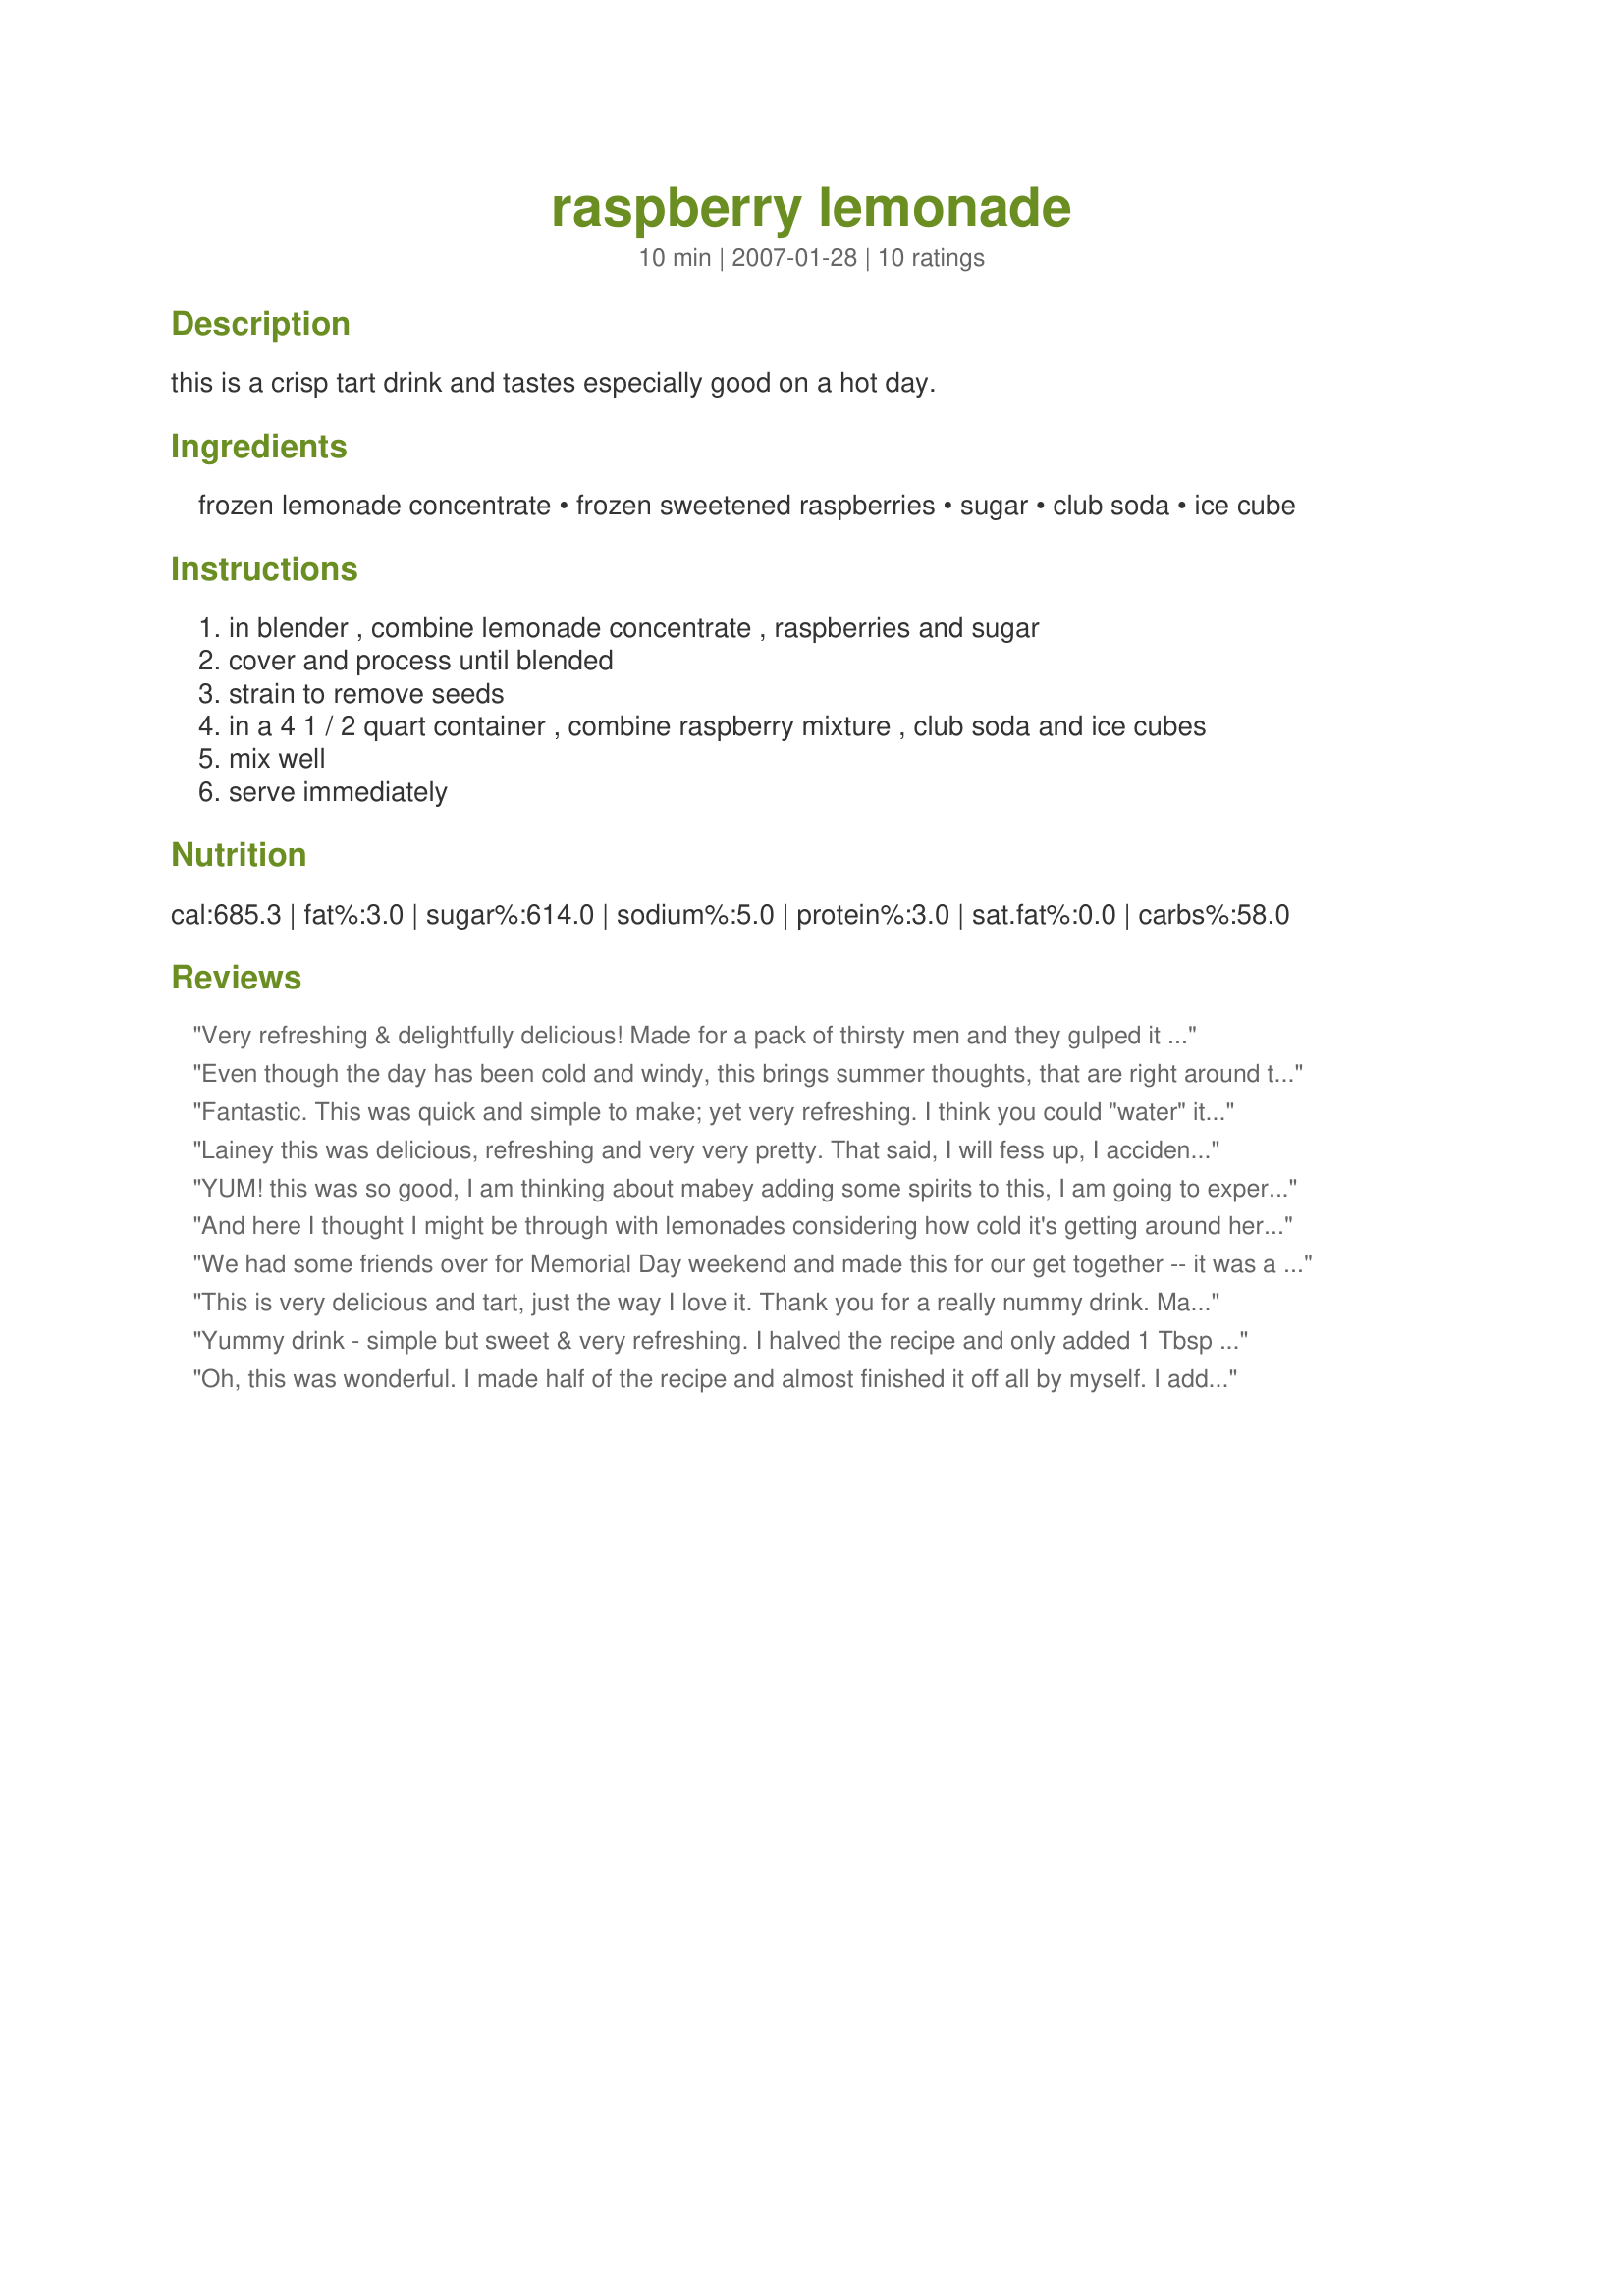
raspberry lemonade
Preparation time: 10 minutes

this is a crisp tart drink and tastes especially good on a hot day.

Ingredients:
frozen lemonade concentrate, frozen sweetened raspberries, sugar, club soda, ice cube

Steps:
in blender , combine lemonade concentrate , raspberries and sugar
cover and process until blended
strain to remove seeds
in a 4 1 / 2 quart container , combine raspberry mixture , club soda and ice cubes
mix well
serve immediately

Reviews:
Very refreshing & delightfully delicious! Made for a pack of thirsty men and they gulped it down before I even knew what happened. Later we also served with some alcohol and everyone enjoyed it!! Thanks so much for a yummy beverage!!
Even though the day has been cold and windy, this brings summer thoughts, that are right around the corner. The beauty and taste of this drink is spectacular! The colors beg you to take a sip or two. I didn't add ice, because it was just wonderful on it's own. Added a couple of blueberries for garnish. Needn't change anything!
Thanks, Lainey!
Fantastic. This was quick and simple to make; yet very refreshing. I think you could "water" it down even further with a bit more club soda and it would still be good! I used pink lemonade because it was all I had on hand. Would be a great adult drink if Citrus Vodka were added. Yum!
Lainey this was delicious, refreshing and very very pretty. That said, I will fess up, I accidently used frozen grapefruit concentrate instead of the lemonade. I also used fresh raspberries from my garden, this resulted in a really tart drink, I did sweeten it with the 5 tbps of sugar. It worked beautifully. Thanks so much for sharing this versatile drink. I will make again, soon with the lemonade concentrate.
YUM! this was so good, I am thinking about mabey adding some spirits to this, I am going to experiment to see what works the best, thanks for sharing hon!...Kitten:)
And here I thought I might be through with lemonades considering how cold it's getting around here (I know, 50-60 degrees ABOVE isn't all that cold for some, but for me, it is!) ~ No way, after spotting what turned out to be A GREAT TASTING DRINK, whatever the weather! Thanks for sharing! [Tagged, made & reviewed in New Zaar Stars Tag Game]
We had some friends over for Memorial Day weekend and made this for our get together -- it was a huge hit! You have to drink it up pretty fast though or it loses the fizz. But it is super yummy and a great refreshing summer bevvy :) Thanks for sharing!
This is very delicious and tart, just the way I love it. Thank you for a really nummy drink. Made for Hit Wonders Game 07
Yummy drink - simple but sweet & very refreshing. I halved the recipe and only added 1 Tbsp of sugar but next time won't even add that. The fruit has enough of it's own sweetness. The neat thing about this recipe is it's versatility. I made as written and then added Smirnoff Raspberry vodka to it as well. That will be wonderful on a hot summer afternoon! Also used strawberries instead and mixed with frozen limeade. Also very yummy.
Oh, this was wonderful. I made half of the recipe and almost finished it off all by myself. I added club soda until I got a nice thick consistency. I loved the tart raspberry flavor. Thanks Lainey for another winner that I'll make often.
